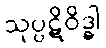
သုပ္ပဋိဝိဒ္ဓါ